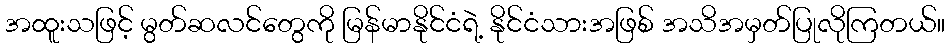
အထူးသဖြင့် မွတ်ဆလင်တွေကို မြန်မာနိုင်ငံရဲ့ နိုင်ငံသားအဖြစ် အသိအမှတ်ပြုလိုကြတယ်။